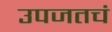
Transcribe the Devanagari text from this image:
उपजतचं